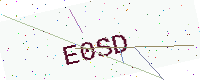
Text: E0SD